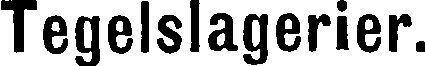
Tegelslagerier.